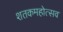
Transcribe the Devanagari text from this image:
शतकमहोत्सव